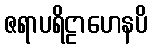
ဇရာပရိဠာဟေနပိ